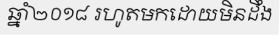
ឆ្នាំ២០១៨ រហូតមកដោយមិនដឹង